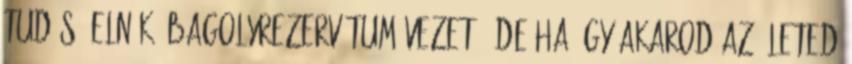
tudós, elnök, bagolyrezervátum-vezető, de ha úgy akarod az életed